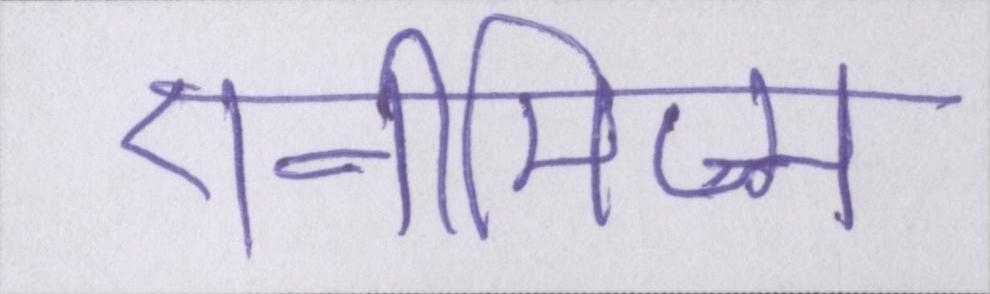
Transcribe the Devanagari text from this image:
एनीमिज्म